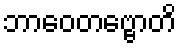
ဘာဝေတဗ္ဗောတိ